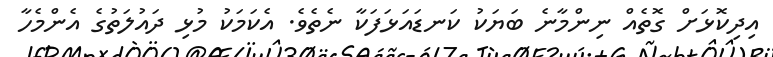
އިދިކޮޅަށް ގޮތެއް ނިންމާނެ ބަޔަކު ކަނޑައަޅަފަކާ ނެތެވެ. އެކަމަކު މުޅި ދައުލަތުގެ އެންމެހާ